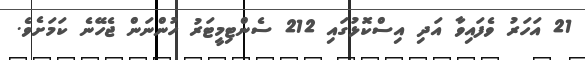
21 އަހަރު ވެފައިވާ އަދި އިސްކޮޅުގައި 212 ސެންޓިމީޓަރު ހުންނަން ޖެހޭނެ ކަމަށެވެ.